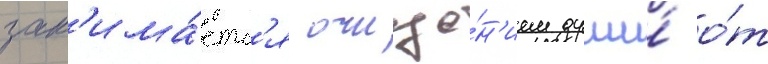
зан'има́етс'я очище́н'ием души́ о́т